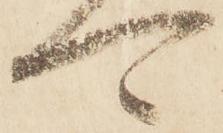
可